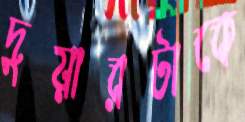
দুয়ারটাকে